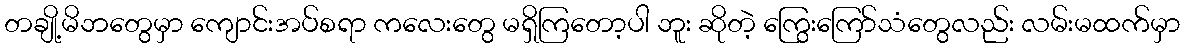
တချို့မိဘတွေမှာ ကျောင်းအပ်စရာ ကလေးတွေ မရှိကြတော့ပါ ဘူး ဆိုတဲ့ ကြွေးကြော်သံတွေလည်း လမ်းမထက်မှာ